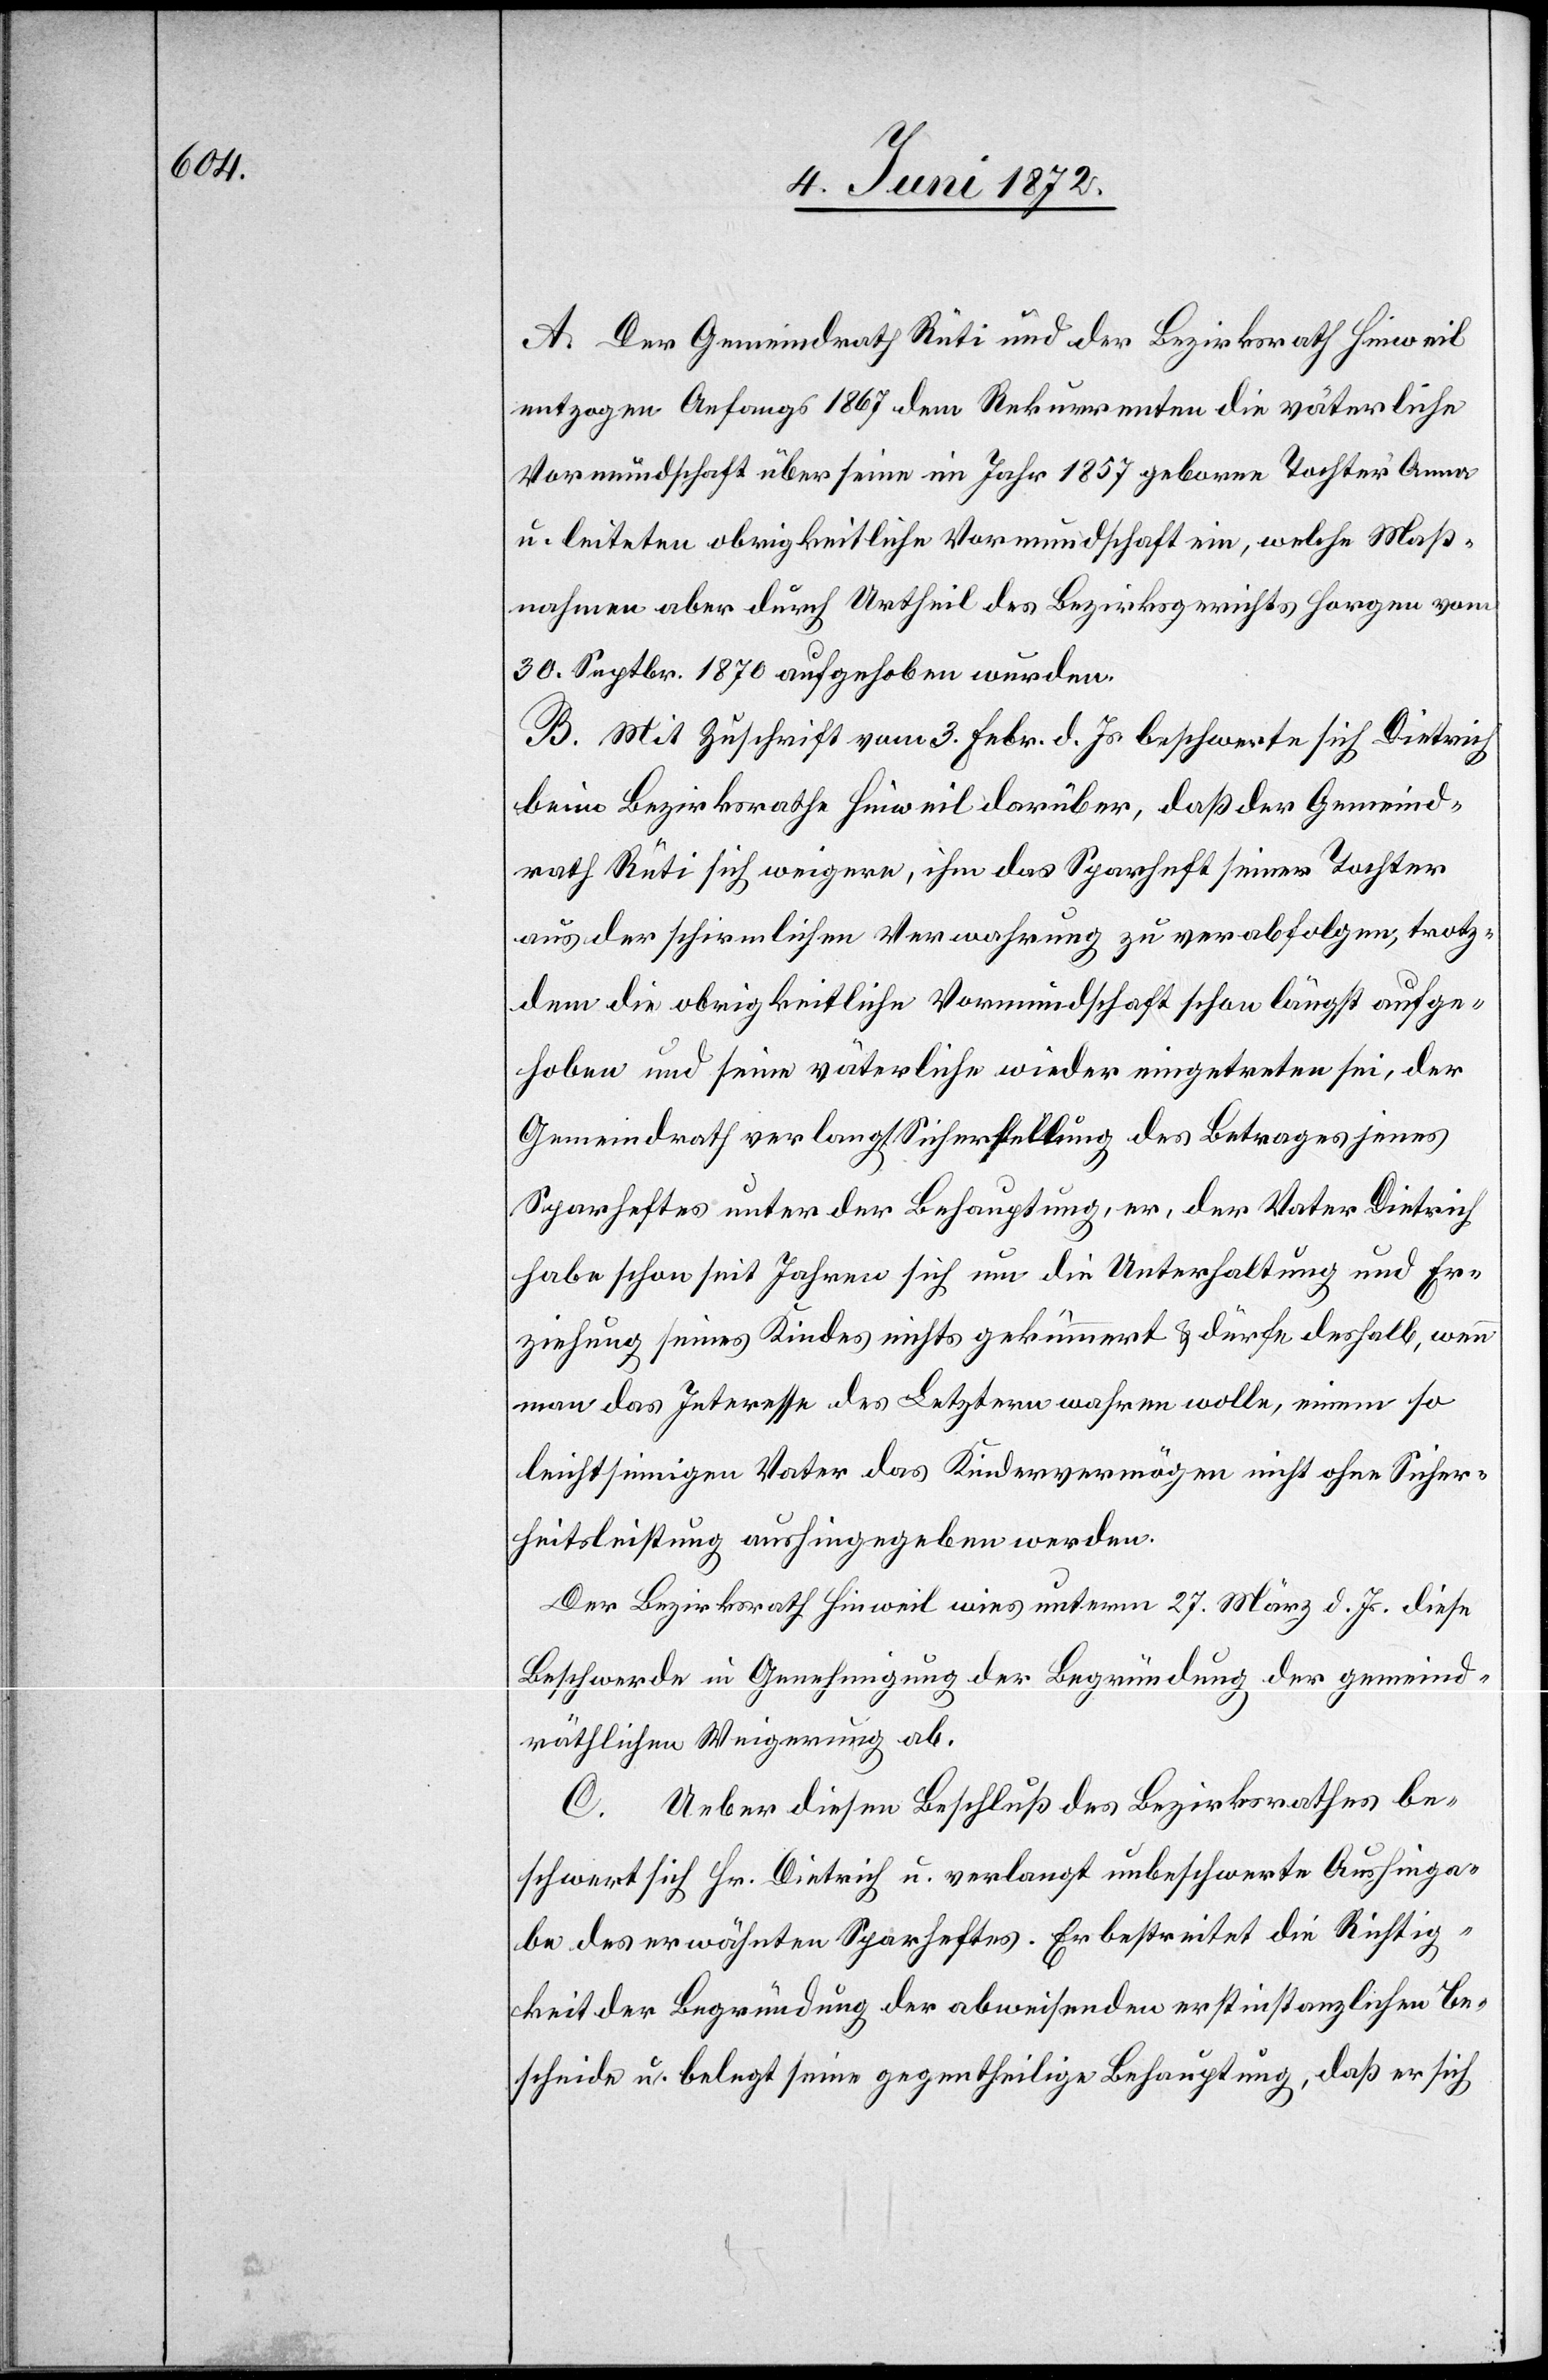
A. Der Gemeindrath Rüti und der Bezirksrath Hinweil
entzogen Anfangs 1867 dem Rekurrenten die väterliche
Vormundschaft über seine im Jahr 1857 geborne Tochter Anna
u. leiteten obrigkeitliche Vormundschaft ein, welche Maß¬
nahmen aber durch Urtheil des Bezirksgerichts Horgen vom
30. Septbr. 1870 aufgehoben wurden.
B. Mit Zuschrift vom 3. Febr. d. Js. beschwerte sich Dietrich
beim Bezirksrathe Hinweil darüber, daß der Gemeind¬
rath Rüti sich weigere, ihm das Sparheft seiner Tochter
aus der schirmlichen Verwahrung zu verabfolgen, trotz¬
dem die obrigkeitliche Vormundschaft schon längst aufge¬
hoben und seine väterliche wieder eingetreten sei, der
Gemeindrath verlangt Sicherstellung des Betrages jenes
Sparheftes unter der Behauptung, er, der Vater Dietrich
habe schon seit Jahren sich um die Unterhaltung und Er¬
ziehung seines Kindes nichts gekümmert u. dürfe deshalb, wenn
man das Interesse des Letztern wahren wolle, einem so
leichtsinnigen Vater das Kindervermögen nicht ohne Sicher¬
heitsleistung aushingegeben werden.
Der Bezirksrath Hinweil wies unterm 27. März d. Js. diese
Beschwerde in Genehmigung der Begründung der gemeind¬
räthlichen Weigerung ab.
C. Ueber diesen Beschluß des Bezirksrathes be¬
schwert sich Hr. Dietrich u. verlangt unbeschwerte Aushinga¬
be des erwähnten Sparheftes. Er bestreitet die Richtig¬
keit der Begründung der abweisenden erstinstanzlichen Be¬
scheide u. belegt seine gegentheilige Behauptung, daß er sich